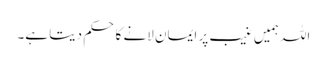
اللہ ہمیں غیب پر ایمان لانے کا حکم دیتا ہے۔